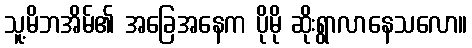
သူ့မိဘအိမ်၏ အခြေအနေက ပိုမို ဆိုးရွာလာနေသလော။